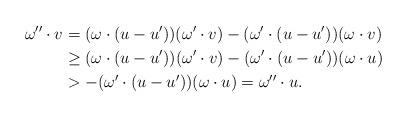
LaTeX: \begin{align*} \omega''\cdot v&=(\omega\cdot (u-u'))(\omega'\cdot v)-(\omega'\cdot (u-u'))(\omega\cdot v)\\&\geq (\omega\cdot (u-u'))(\omega'\cdot v)-(\omega'\cdot (u-u'))(\omega\cdot u)\\&>-(\omega'\cdot (u-u'))(\omega\cdot u)=\omega''\cdot u.\end{align*}